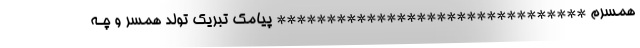
همسرم ******************************* پیامک تبریک تولد همسر و چـه